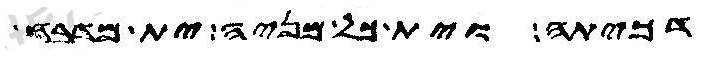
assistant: דכיתה וית כל מניה ית מדבח